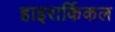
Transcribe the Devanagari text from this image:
हाइरार्किकल